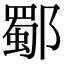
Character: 𨞕